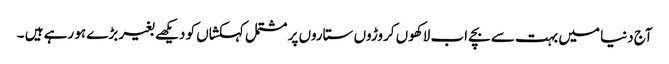
آج دنیا میں بہت سے بچے اب لاکھوں کروڑوں ستاروں پر مشتمل کہکشاں کو دیکھے بغیر بڑے ہو رہے ہیں ۔